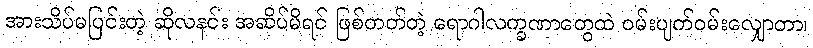
အားသိပ်မပြင်းတဲ့ ဆိုလနင်း အဆိပ်မိရင် ဖြစ်တတ်တဲ့ ရောဂါလက္ခဏာတွေထဲ ဝမ်းပျက်ဝမ်းလျှောတာ၊